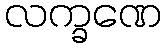
လက္ခဏေ